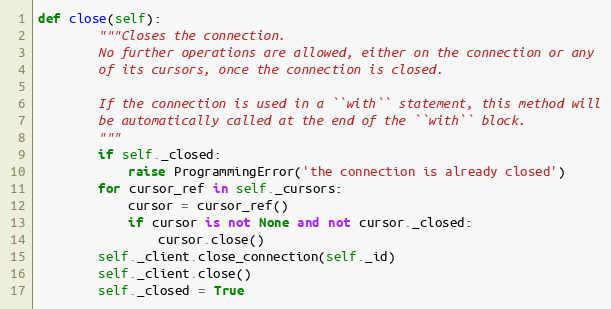
Language: Python
def close(self):
        """Closes the connection.
        No further operations are allowed, either on the connection or any
        of its cursors, once the connection is closed.

        If the connection is used in a ``with`` statement, this method will
        be automatically called at the end of the ``with`` block.
        """
        if self._closed:
            raise ProgrammingError('the connection is already closed')
        for cursor_ref in self._cursors:
            cursor = cursor_ref()
            if cursor is not None and not cursor._closed:
                cursor.close()
        self._client.close_connection(self._id)
        self._client.close()
        self._closed = True